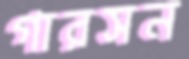
গারসন